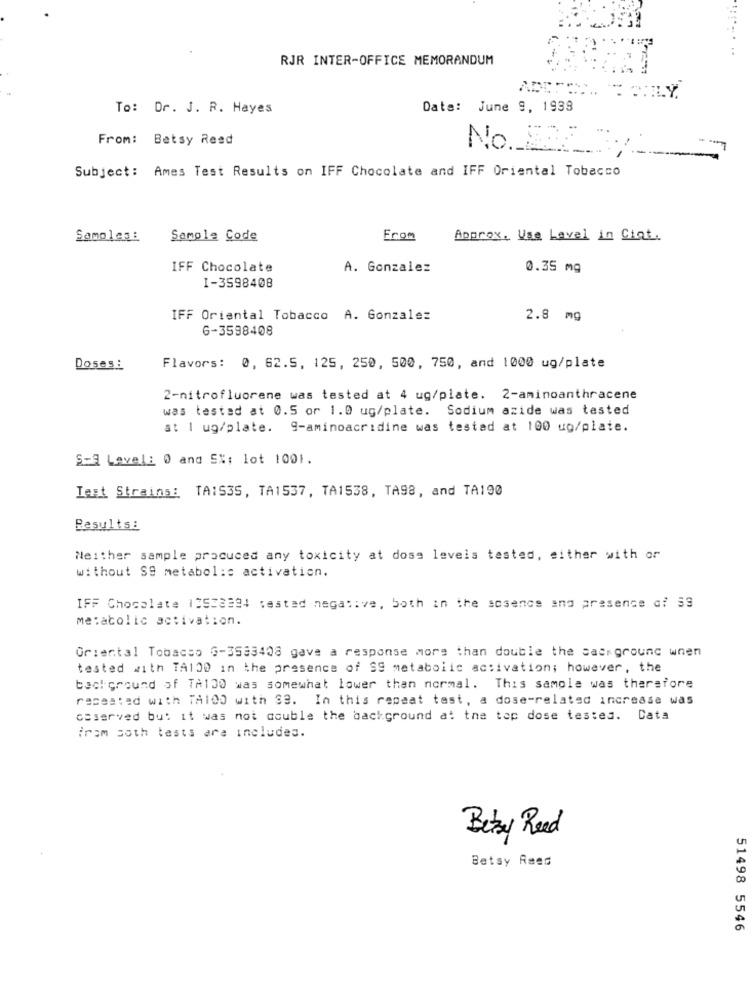
RJR INTER-OFFICE MEMORANDUM
To: Dr. J. R. Hayes
Date: June 9, 1938
From: Betsy Read
No ._ 222
Subject: Ames Test Results on IFF Chocolate and IFF Oriental Tobacco
Samples:
Sample Code
From
Approx. Use Lavel in Ciqt.
IFF Chocolate
A. Gonzalez
0.35 mg
I-3598408
IFF Oriental Tobacco A. Gonzalez
2.8 mg
6-3598408
Doses :
Flavors: 0, 62.5, 125, 250, 500, 750, and 1000 ug/plate
2-nitrofluorene was tested at 4 ug/plate. 2-aminoanthracene
was tested at 0.5 or 1.0 ug/plate. Sodium azide was tested
at I ug/plate. 9-aminoacridine was tested at 100 ug/plate.
S-9 Lavel: 0 and EX; lot 1001.
Test Strains: TAIS35, TA1537, TA1538, TA98, and TA190
Results:
Neither sample procuced any toxicity at doss levels tested, either with or
without S9 metabolic activation.
IFF Chocolate 10523394 tested negative, both in the sosencs ano presence of $3
metabolic activation.
Oriental Tobacco G-3533408 gave a response more than double the background when
tested with TA100 in the presence of SS metabolic activation; however, the
becl cround of TA100 was somewhat lower than normal. This sample was therefore
repeated with TA100 with SB. In this repeat test, a dose-related increase was
osserved but it was not double the background at the top dose testes. Data
From soth tests are includes.
Bezy Reed
Betsy Raed
51498 5546